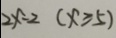
2 x - 2 ( x \geqslant 5 )